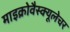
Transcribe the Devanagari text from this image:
माइक्रोवैस्क्यूलेचर